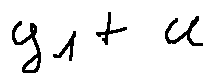
y _ { 1 } + u